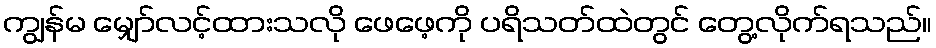
ကျွန်မ မျှော်လင့်ထားသလို ဖေဖေ့ကို ပရိသတ်ထဲတွင် တွေ့လိုက်ရသည်။